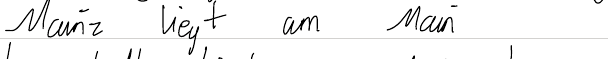
Mainz liegt am Main